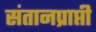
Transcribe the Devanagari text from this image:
संतानप्राप्ती